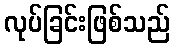
လုပ်ခြင်းဖြစ်သည်